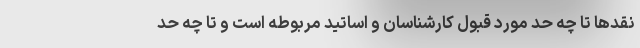
نقدها تا چه حد مورد قبول کارشناسان و اساتید مربوطه است و تا چه حد